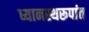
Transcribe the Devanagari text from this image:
ध्यानस्थरूपांत